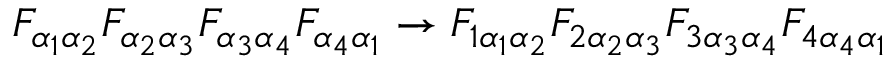
{ F _ { \alpha _ { 1 } \alpha _ { 2 } } } { F _ { \alpha _ { 2 } \alpha _ { 3 } } } { F _ { \alpha _ { 3 } \alpha _ { 4 } } } { F _ { \alpha _ { 4 } \alpha _ { 1 } } } \rightarrow { F _ { 1 \alpha _ { 1 } \alpha _ { 2 } } } { F _ { 2 \alpha _ { 2 } \alpha _ { 3 } } } { F _ { 3 \alpha _ { 3 } \alpha _ { 4 } } } { F _ { 4 \alpha _ { 4 } \alpha _ { 1 } } }